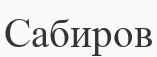
Сабиров